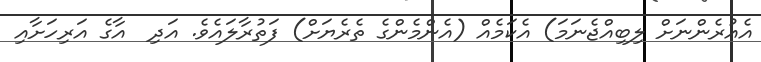
އެއުރެންނަށް ލިބިއްޖެނަމަ) އެކަމެއް (އެންމެންގެ ތެރެޔަށް) ފަތުރާލައެވެ. އަދި  އާގެ އަރިހަށާއި